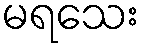
မရသေး